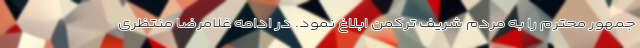
جمهور محترم را به مردم شریف ترکمن ابلاغ نمود. در ادامه غلامرضا منتظری